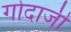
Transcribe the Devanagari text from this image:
गोदाजी